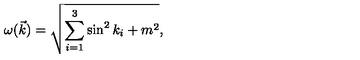
\omega ( \vec { k } ) = \sqrt { \sum _ { i = 1 } ^ { 3 } \sin ^ { 2 } k _ { i } + m ^ { 2 } } ,